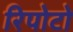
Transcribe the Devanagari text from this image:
रिपोटो